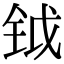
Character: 钺